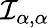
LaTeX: {\mathcal{I}}_{\alpha,\alpha}